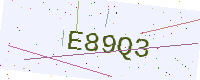
Text: E89Q3